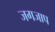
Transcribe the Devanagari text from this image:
जगजाप